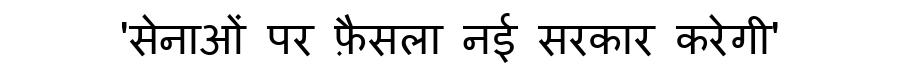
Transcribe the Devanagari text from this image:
'सेनाओं पर फ़ैसला नई सरकार करेगी'